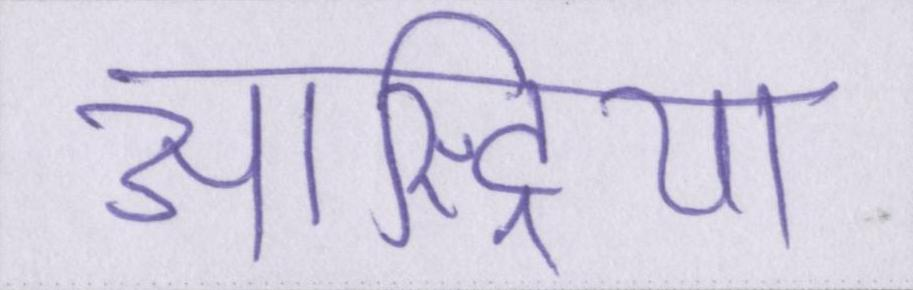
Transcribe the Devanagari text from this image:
आस्ट्रिया